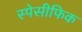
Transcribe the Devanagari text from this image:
स्पेसीफिक